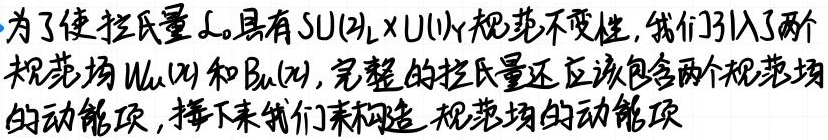
为了使拉氏量$\mathcal{L}_{0}$具有$SU(2)_L\times U(1)_Y$规范不变性, 我们引入了两个规范场$W_{\mu}(x)$和$B_{\mu}(x)$, 完整的拉氏量还应该包含两个规范场的动能项, 接下来我们来构造规范场的动能项